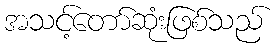
အသင့်တော်ဆုံးဖြစ်သည်